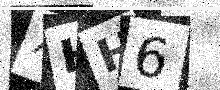
Text: XHH6